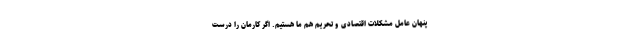
پنهان عامل مشکلات اقتصادی و تحریم هم ما هستیم. اگر کارمان را درست